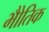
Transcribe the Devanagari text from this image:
भोैतिक